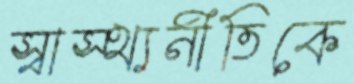
স্বাস্থ্যনীতিকে